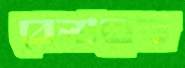
বেলায়েত